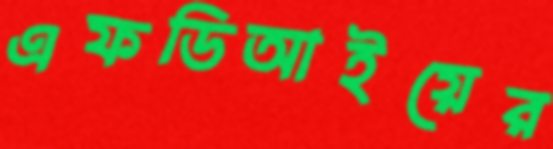
এফডিআইয়ের